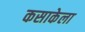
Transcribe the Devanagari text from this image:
कसाकेला